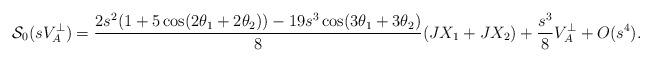
LaTeX: \begin{align*}\mathcal{S}_0(sV_A^{\perp})=\frac{2s^2(1+5\cos(2\theta_1+2\theta_2))-19s^3\cos(3\theta_1+3\theta_2)}{8}(JX_1+JX_2)+\frac{s^3}{8}V_A^{\perp}+O(s^4).\end{align*}